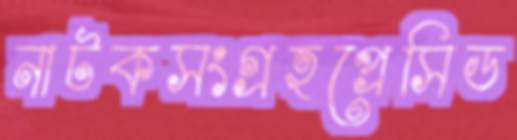
নাটকসংগ্রহপ্রেসিড